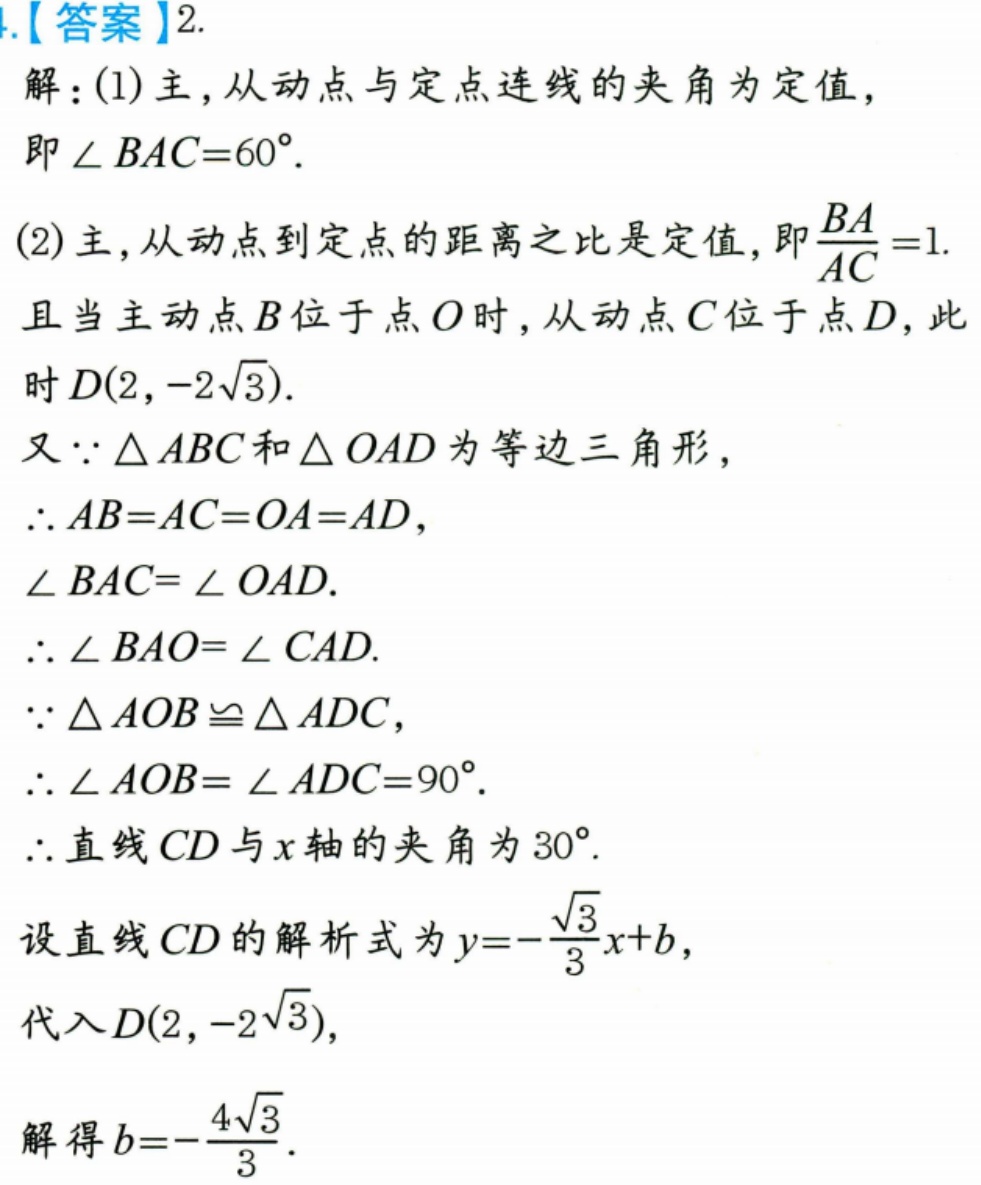
1.【答案】2.
解：(1)主，从动点与定点连线的夹角为定值，
即$\angle BAC = 60^{\circ}$.
(2)主，从动点到定点的距离之比是定值，即$\frac{BA}{AC}=1$.
且当主动点$B$位于点$O$时，从动点$C$位于点$D$，此
时$D(2,-2\sqrt{3})$.
又$\because \triangle ABC$和$\triangle OAD$为等边三角形，
$\therefore AB = AC = OA = AD$，
$\angle BAC=\angle OAD$.
$\therefore \angle BAO=\angle CAD$.
$\because \triangle AOB\cong\triangle ADC$，
$\therefore \angle AOB=\angle ADC = 90^{\circ}$.
$\therefore$直线$CD$与$x$轴的夹角为$30^{\circ}$.
设直线$CD$的解析式为$y = -\frac{\sqrt{3}}{3}x + b$，
代入$D(2,-2\sqrt{3})$，
解得$b = -\frac{4\sqrt{3}}{3}$.